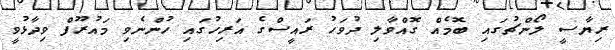
ރިޔާސީ ލޯންޗުގައި ބޮމެއް ގޮއްވާލި ދުވަހު ރައީސްގެ އަރިހުގައި ހުންނެވި މައުރޫފް ވިދާޅުވީ